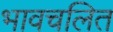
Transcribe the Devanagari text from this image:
भावचलित